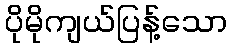
ပိုမိုကျယ်ပြန့်သော